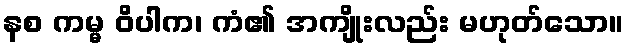
နစ ကမ္မ ဝိပါက၊ ကံ၏ အကျိုးလည်း မဟုတ်သော။